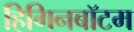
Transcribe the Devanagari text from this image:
हिगिनबॉटम